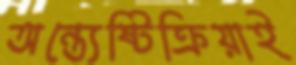
অন্ত্যেষ্টিক্রিয়াই